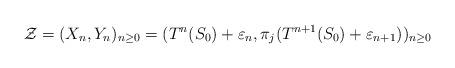
LaTeX: \begin{align*}\mathcal{Z} = (X_n, Y_n)_{n \geq 0} = (T^n(S_0) + \varepsilon_n, \pi_j(T^{n+1}(S_0) + \varepsilon_{n+1}))_{n \geq 0}\end{align*}